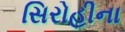
સિરોહીના